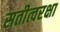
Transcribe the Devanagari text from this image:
सतीत्वरक्षा